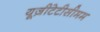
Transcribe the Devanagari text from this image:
यूज़ीटेटीसीमम